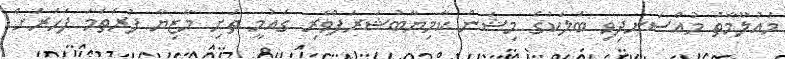
މައުލޫމާތު މުއްސަނދިވި ބަލަކުގެ މިޝަން ކާމިޔާބުޝަރަފްވެރި ގައުމީ ތަށި މާޒިޔާ ފުރަތަމަ ފަހަރަށް